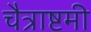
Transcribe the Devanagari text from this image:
चैत्राष्टमी